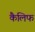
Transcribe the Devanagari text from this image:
कैलिफ